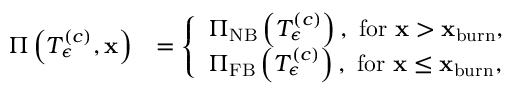
\begin{array} { r l } { \Pi \left( T _ { \epsilon } ^ { \left( c \right) } , \mathbf { x } \right) } & { = \left\{ \begin{array} { l l } { \Pi _ { \mathrm { N B } } \left( T _ { \epsilon } ^ { \left( c \right) } \right) , \mathrm { ~ f o r ~ } \mathbf { x } > \mathbf { x } _ { \mathrm { b u r n } } , } \\ { \Pi _ { \mathrm { F B } } \left( T _ { \epsilon } ^ { \left( c \right) } \right) , \mathrm { ~ f o r ~ } \mathbf { x } \le \mathbf { x } _ { \mathrm { b u r n } } , } \end{array} \right. } \end{array}